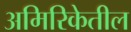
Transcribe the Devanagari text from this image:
अमिरिकेतील